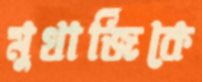
মুখার্জিকে